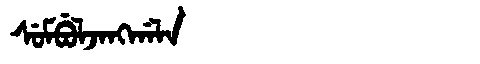
Manchu: ᠰᡠᠮᠪᡠᠯᠵᠠᠩᡤᠠᠯᠠ
Romanization: SUMBULJANGGALA